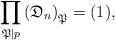
LaTeX: \begin{align*}\prod_{\mathfrak{P}\mid p} \left ( \mathfrak{D}_n \right )_{\mathfrak{P}} = (1), \end{align*}